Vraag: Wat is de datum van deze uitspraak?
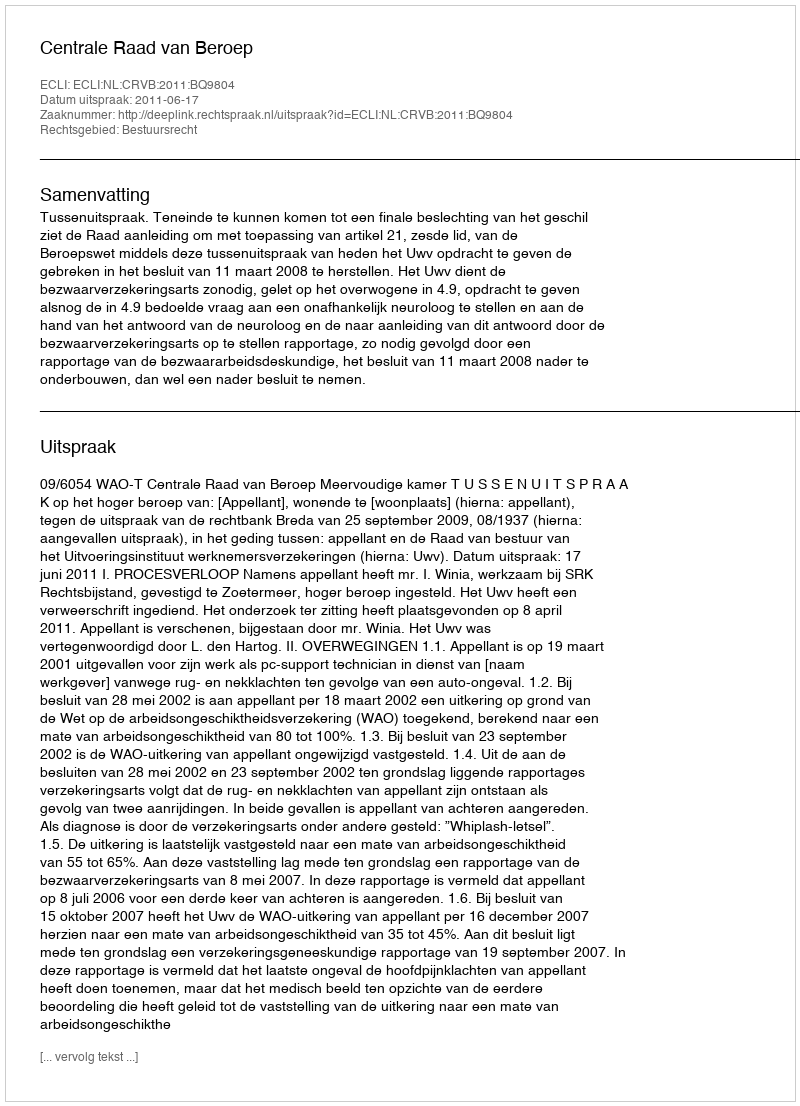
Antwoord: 2011-06-17